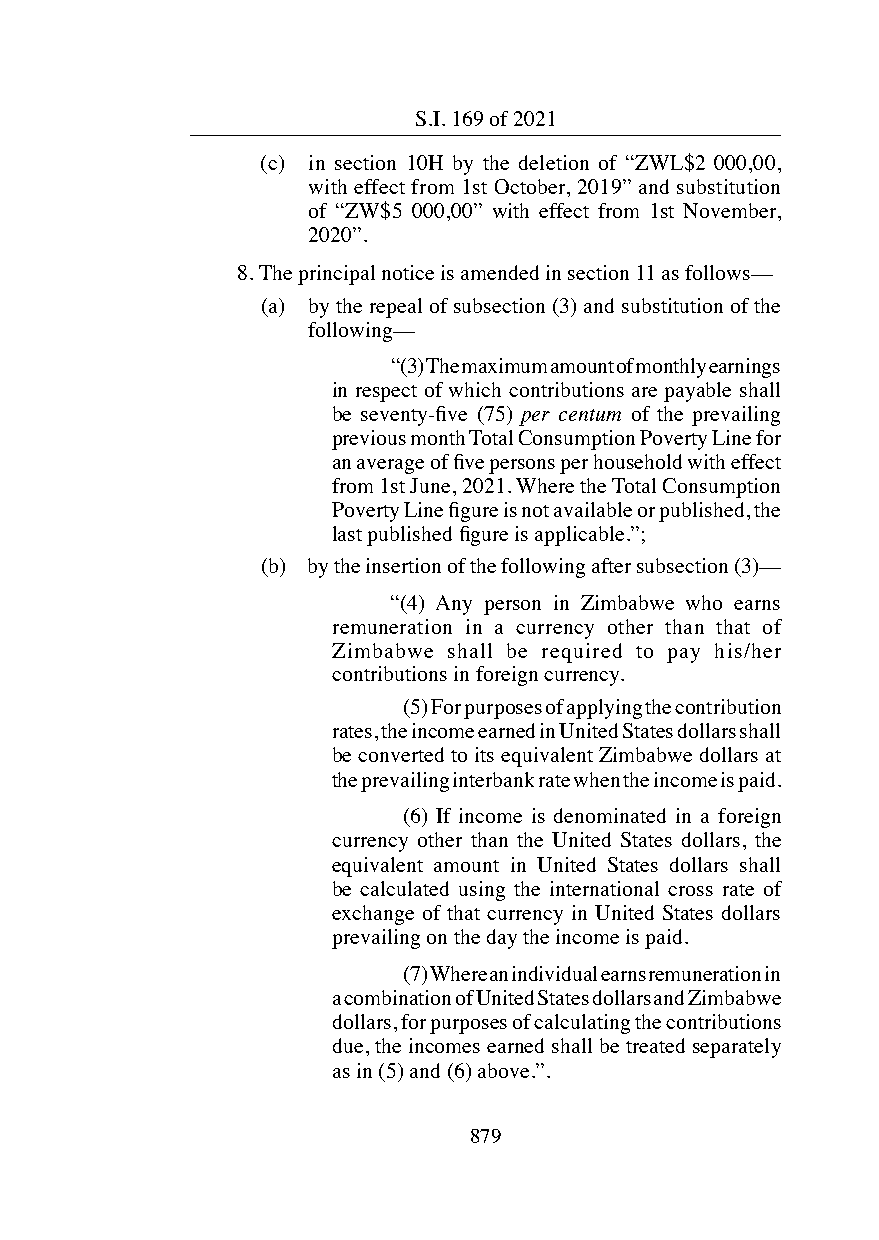
National Social Security Authority (Pensions and Other Benefi ts
 S.I. 169 of 2021
 Scheme) (Rates of Benefi ts) (Amendment) Notice, 2021 (No. 28)
 (c) in section 10H by the deletion of “ZWL$2 000,00,
 with effect from 1st October, 2019” and substitution
 of “ZW$5 000,00” with effect from 1st November,
 2020”.
 8. The principal notice is amended in section 11 as follows––
 (a) by the repeal of subsection (3) and substitution of the
 following––
 “(3) The maximum amount of monthly earnings
 in respect of which contributions are payable shall
 be seventy-fi ve (75) per centum of the prevailing
 previous month Total Consumption Poverty Line for
 an average of fi ve persons per household with effect
 from 1st June, 2021. Where the Total Consumption
 Poverty Line fi gure is not available or published, the
 last published fi gure is applicable.”;
 (b) by the insertion of the following after subsection (3)––
 “(4) Any person in Zimbabwe who earns
 remuneration in a currency other than that of
 Zimbabwe shall be required to pay his/her
 contributions in foreign currency.
 (5) For purposes of applying the contribution
 rates, the income earned in United States dollars shall
 be converted to its equivalent Zimbabwe dollars at
 the prevailing interbank rate when the income is paid.
 (6) If income is denominated in a foreign
 currency other than the United States dollars, the
 equivalent amount in United States dollars shall
 be calculated using the international cross rate of
 exchange of that currency in United States dollars
 prevailing on the day the income is paid.
 (7) Where an individual earns remuneration in
 a combination of United States dollars and Zimbabwe
 dollars, for purposes of calculating the contributions
 due, the incomes earned shall be treated separately
 Supplement to the Zimbabwean Government Gazette dated the 11th June, 2021. as in (5) and (6) above.”.
 Printed by the Government Printer, Harare.
 882                                                             879